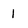
Character: 1